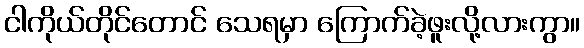
ငါကိုယ်တိုင်တောင် သေရမှာ ကြောက်ခဲ့ဖူးလို့လားကွာ။